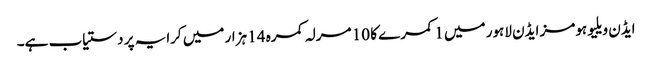
ایڈن ویلیو ہومز ایڈن لاہور میں 1 کمرے کا 10 مرلہ کمرہ 14 ہزار میں کرایہ پر دستیاب ہے۔